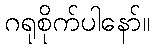
ဂရုစိုက်ပါနော်။